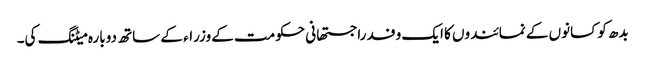
بدھ کو کسانوں کے نمائندوں کا ایک وفد راجستھانی حکومت کے وزراء کے ساتھ دوبارہ میٹنگ کی۔